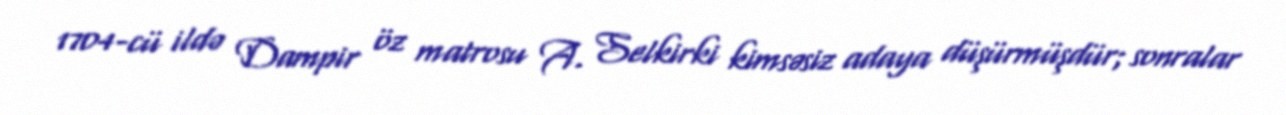
1704-cü ildə Dampir öz matrosu A. Selkirki kimsəsiz adaya düşürmüşdür; sonralar